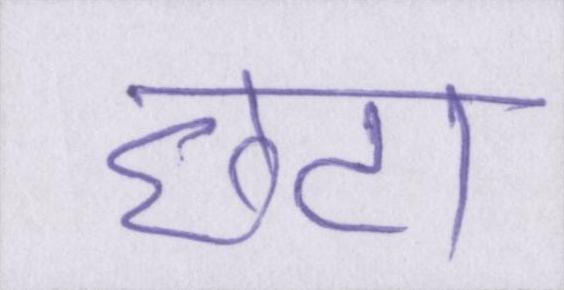
छटा